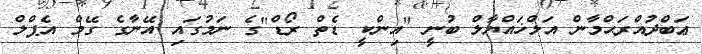
ޢަބްދުއްރަޙްމާން އަލްޚައްޔާލް ބުނީ "އިންކީ ޑެތް ރޯޑް"ގެ ނަމުގައި އޭނާގެ ގޭމް އެޕްލް